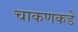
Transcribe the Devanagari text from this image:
चाकणकडे